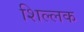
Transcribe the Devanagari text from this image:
शिल्‍लक